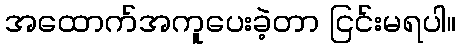
အထောက်အကူပေးခဲ့တာ ငြင်းမရပါ။